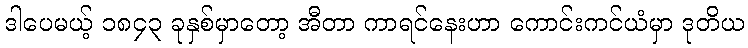
ဒါပေမယ့် ၁၈၄၃ ခုနှစ်မှာတော့ အီတာ ကာရင်နေးဟာ ကောင်းကင်ယံမှာ ဒုတိယ